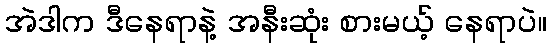
အဲဒါက ဒီနေရာနဲ့ အနီးဆုံး စားမယ့် နေရာပဲ။